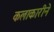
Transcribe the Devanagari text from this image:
कलाकारीने